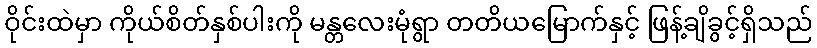
ဝိုင်းထဲမှာ ကိုယ်စိတ်နှစ်ပါးကို မန္တလေးမုံရွာ တတိယမြောက်နှင့် ဖြန့်ချိခွင့်ရှိသည်